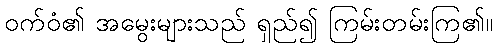
ဝက်ဝံ၏ အမွေးများသည် ရှည်၍ ကြမ်းတမ်းကြ၏။